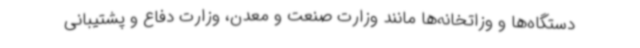
دستگاه‌ها و وزاتخانه‌ها مانند وزارت صنعت و معدن، وزارت دفاع و پشتیبانی